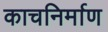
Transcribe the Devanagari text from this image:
काचनिर्माण